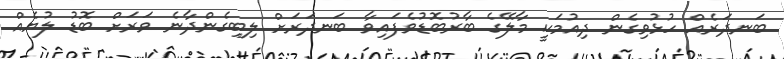
ބަނދަރެއް ހުޅުވިގެން ދިއުމަކީ މާލޭގެ ބާރުބޮޑުވެފައިވާ ބަނދަރަށް ލިބިގެންދާނެ ވަރަށް ބޮޑު ލުޔެއް